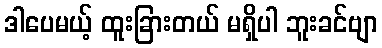
ဒါပေမယ့် ထူးခြားတယ် မရှိပါ ဘူးခင်ဗျာ